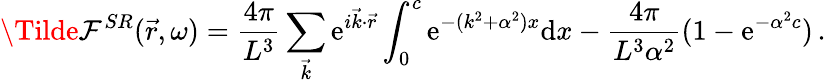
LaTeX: \Tilde{\mathcal{F}}^{SR}(\vec{{r}},\omega)=\frac{{4\pi}}{{L^{3}}}\sum_{\vec{{k}}}\mathrm{{e}}^{i\vec{{k}}\cdot\vec{{r}}}\int_{0}^{c}\mathrm{{e}}^{-(k^{2}+\alpha^{2})x}\mathrm{{d}}x-\frac{{4\pi}}{{L^{3}\alpha^{2}}}(1-\mathrm{{e}}^{-\alpha^{2}c})\, .